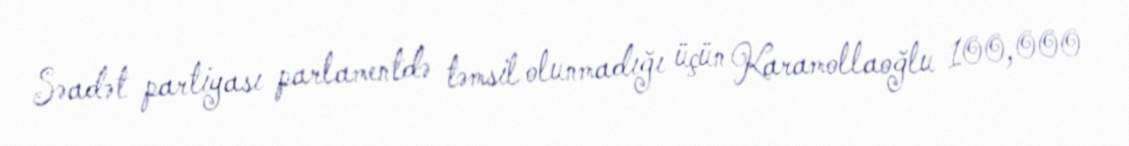
Səadət partiyası parlamentdə təmsil olunmadığı üçün Karamollaoğlu 100,000